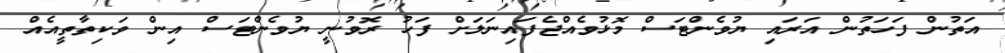
އަތުން ފަހަތުން އަރައި ޔުވެންޓަސް މޮޅުވެއްޖެފައިނަލަށް ފަހު ރޮވުނީ ޔުވެންޓަސް އިން ވަކިތާތީއެއް